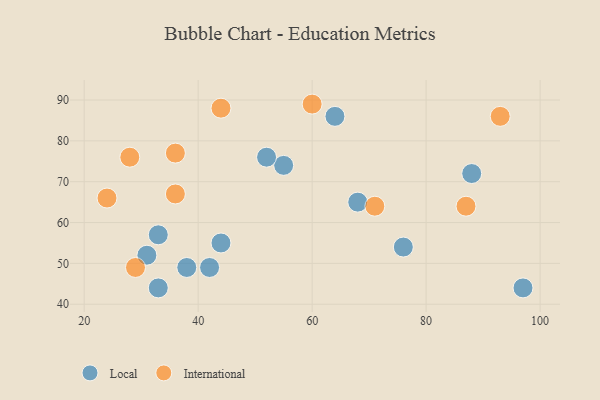
{"axis": {"x": "GDP", "y": "Life Expectancy"}, "legend": ["International", "Local"], "data": [{"x": "31", "y": 52, "type": "Local"}, {"x": "55", "y": 74, "type": "Local"}, {"x": "38", "y": 49, "type": "Local"}, {"x": "68", "y": 65, "type": "Local"}, {"x": "52", "y": 76, "type": "Local"}, {"x": "64", "y": 86, "type": "Local"}, {"x": "33", "y": 44, "type": "Local"}, {"x": "97", "y": 44, "type": "Local"}, {"x": "88", "y": 72, "type": "Local"}, {"x": "42", "y": 49, "type": "Local"}, {"x": "76", "y": 54, "type": "Local"}, {"x": "33", "y": 57, "type": "Local"}, {"x": "44", "y": 55, "type": "Local"}, {"x": "44", "y": 88, "type": "International"}, {"x": "29", "y": 49, "type": "International"}, {"x": "36", "y": 77, "type": "International"}, {"x": "71", "y": 64, "type": "International"}, {"x": "93", "y": 86, "type": "International"}, {"x": "24", "y": 66, "type": "International"}, {"x": "60", "y": 89, "type": "International"}, {"x": "87", "y": 64, "type": "International"}, {"x": "28", "y": 76, "type": "International"}, {"x": "36", "y": 67, "type": "International"}]}